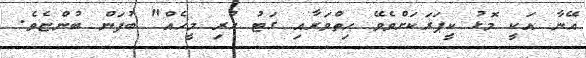
އޭނާ އަކީ މޮޅު ކީޕަރަކަށްވެވޭ ހިތްވަރާއި ގަޓު ހުރި މީހެއް" ބުފަން ބުންޏެވެ.